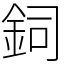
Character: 鉰